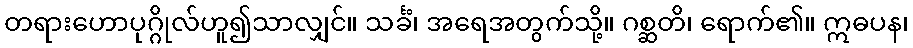
တရားဟောပုဂ္ဂိုလ်ဟူ၍သာလျှင်။ သင်္ခံ၊ အရေအတွက်သို့။ ဂစ္ဆတိ၊ ရောက်၏။ ဣဓပန၊